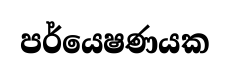
පර්යෙෂණයක